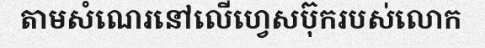
តាមសំណេរនៅលើហ្វេសប៊ុករបស់លោក